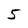
Character: 5